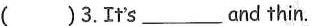
( )3.It's ___ and thin.